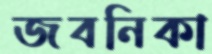
জবনিকা